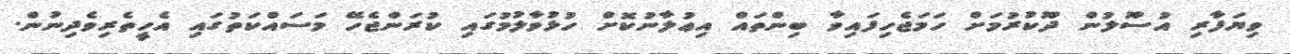
ވިޔަފާރި އުސޫލުން ދޫކުރުމަށް ހަމަޖެހިފައިވާ ބިންތައް އިޢުލާނުކޮށް ހުޅުވާލުމުގައި ކުރަންޖެހޭ މަސައްކަތުގައި އެހީތެރިވެދިނުން.